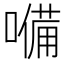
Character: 𡀠